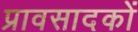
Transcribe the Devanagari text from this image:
प्रावसादकों